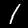
Label: 1